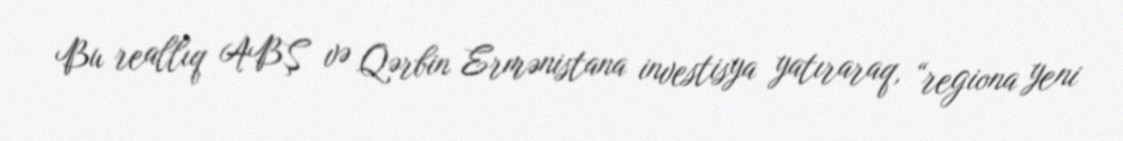
Bu reallıq ABŞ və Qərbin Ermənistana investisya yatıraraq, “regiona yeni